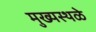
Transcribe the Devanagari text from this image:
मुख्यस्थळे